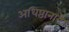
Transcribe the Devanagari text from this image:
अधिष्ठानाने